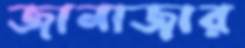
জানাজার